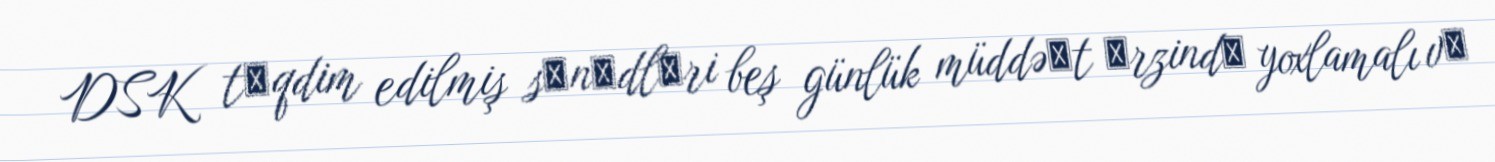
DSK tәqdim edilmiş sәnәdlәri beş günlük müddəәt әrzindә yoxlamalı vә